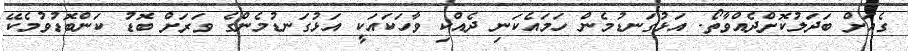
ގެއަށް ބަދަލުކޮށްދެއްވާތޯ. އަޅުގަނޑުމެން ހަމައެކަނި ދެއްކި ވާހަކައަކީ އަޅުގަނޑުމެންގެ ވަރަށް ބޮޑު ކަންބޮޑުވުމެކޭ